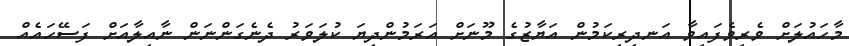
މާހައުލަށް ވެރިވެފައިވާ އަނދިރިކަމުން އަޔާޒުގެ މޫނަށް އަރަމުންދިޔަ ކުލަވަރު ދެނެގަންނަން ނާއިލާއަށް ފަސޭހައެއް